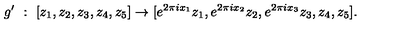
g ^ { \prime } \ : \ [ z _ { 1 } , z _ { 2 } , z _ { 3 } , z _ { 4 } , z _ { 5 } ] \rightarrow [ e ^ { 2 \pi i x _ { 1 } } { z _ { 1 } } , e ^ { 2 \pi i x _ { 2 } } { z _ { 2 } } , e ^ { 2 \pi i x _ { 3 } } { z _ { 3 } } , z _ { 4 } , z _ { 5 } ] .